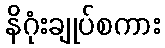
နိဂုံးချုပ်စကား